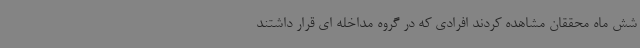
شش ماه محققان مشاهده کردند افرادی که در گروه مداخله ای قرار داشتند